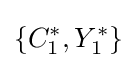
\lbrace C_{1}^{*},Y_{1}^{*}\rbrace